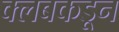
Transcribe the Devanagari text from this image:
क्‍लबकडून